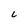
Character: L